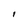
Character: I